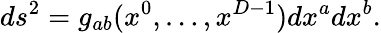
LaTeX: ds^{2}=g_{ab}(x^{0},\ldots,x^{D-1})dx^{a}dx^{b}.